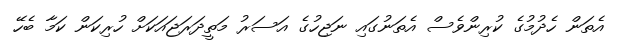
އެތަން ހެދުމުގެ ކުރިންވެސް އެތަނުގައި ނަޖިހުގެ އަސަރު މަތީދަރަޖައަކަށްް ހުރިކަން ކަމާ ބެހޭ